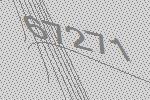
67271